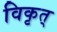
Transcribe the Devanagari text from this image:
विकृत्